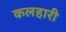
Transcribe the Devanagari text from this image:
कलहारी